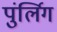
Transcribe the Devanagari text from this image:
पुंर्लिग